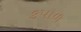
કપાળ